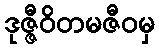
ဒုဇ္ဇီဝိတမဇီဝမှ